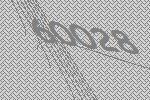
60028